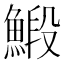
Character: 𩹨